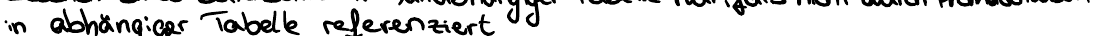
in abhängiger Tabelle referenziert